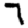
Digit: 7